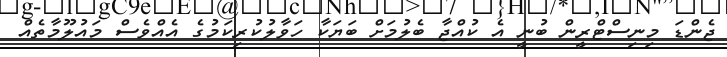
ޖެންޑަ މިނިސްޓްރީން ބުނީ އެ ކުއްޖާ ބެލުމަށް ބަޔަކާ ހަވާލުކުރިކަމުގެ އެއްވެސް މައުލޫމާތެއް